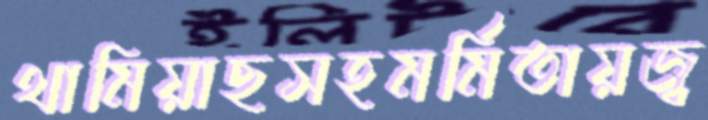
থামিয়াছসহমর্মিতায়জ্ব